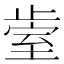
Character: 𰙱